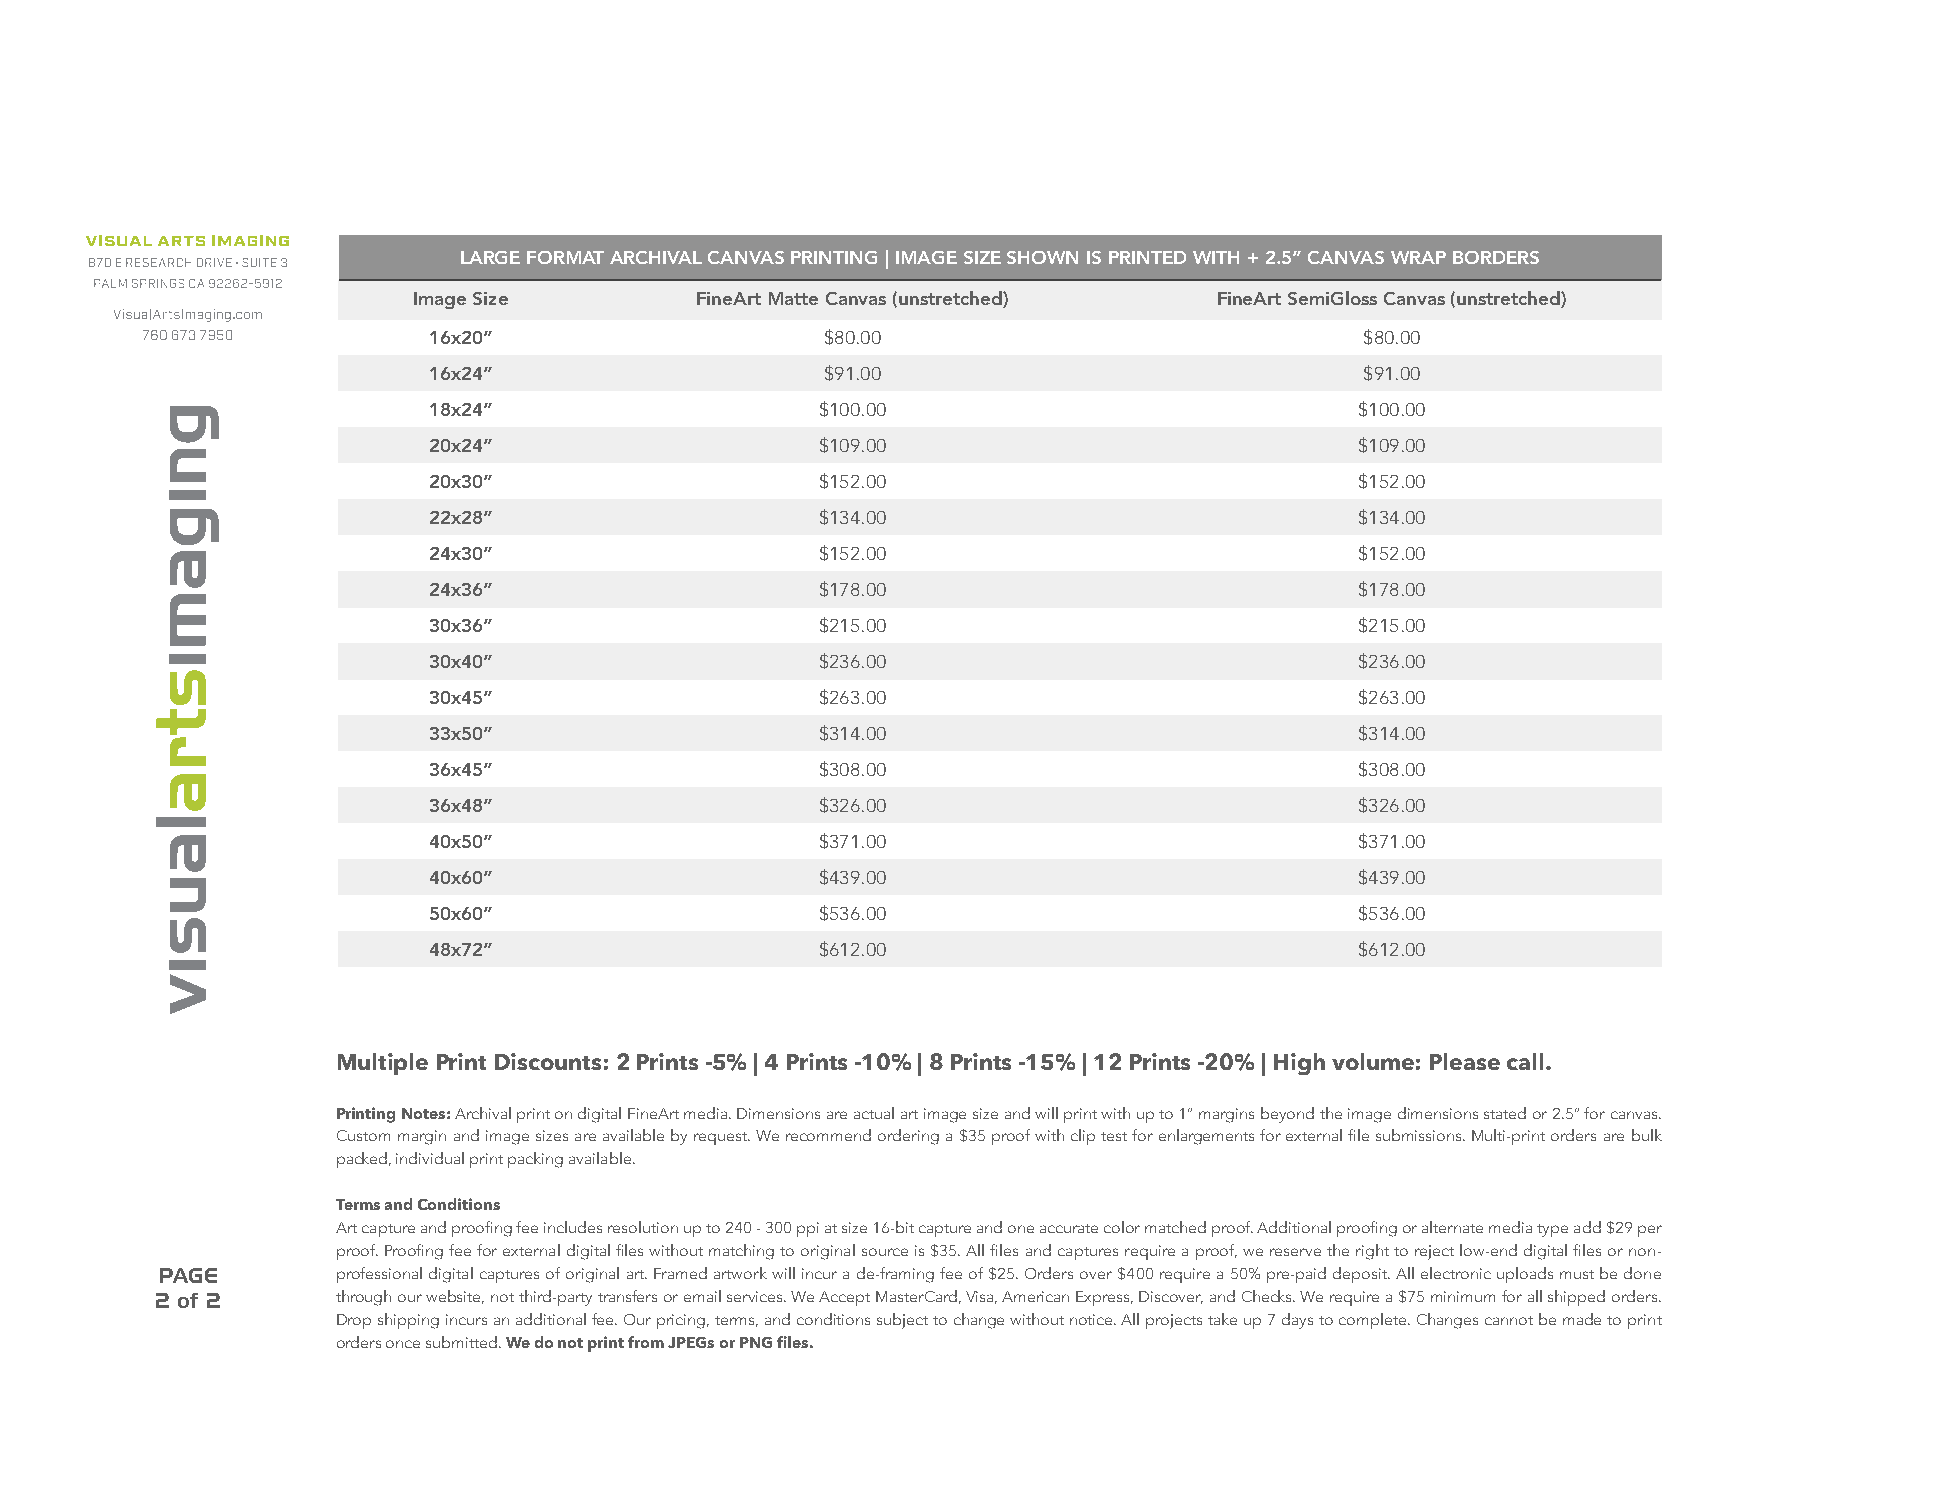
LARGE FORMAT ARCHIVAL CANVAS PRINTING | IMAGE SIZE SHOWN IS PRINTED WITH + 2.5” CANVAS WRAP BORDERS
 Image Size         FineArt Matte Canvas (unstretched) FineArt SemiGloss Canvas (unstretched)
 16x20”                     $80.00                             $80.00
 16x24”                     $91.00                             $91.00
 18x24”                    $100.00                             $100.00
 20x24”                    $109.00                             $109.00
 20x30”                    $152.00                             $152.00
 22x28”                    $134.00                             $134.00
 24x30”                    $152.00                             $152.00
 24x36”                    $178.00                             $178.00
 30x36”                    $215.00                             $215.00
 30x40”                    $236.00                             $236.00
 30x45”                    $263.00                             $263.00
 33x50”                    $314.00                             $314.00
 36x45”                    $308.00                             $308.00
 36x48”                    $326.00                             $326.00
 40x50”                    $371.00                             $371.00
 40x60”                    $439.00                             $439.00
 50x60”                    $536.00                             $536.00
 48x72”                    $612.00                             $612.00
 Multiple Print Discounts: 2 Prints -5% | 4 Prints -10% | 8 Prints -15% | 12 Prints -20% | High volume: Please call.
 Printing Notes: Archival print on digital FineArt media. Dimensions are actual art image size and will print with up to 1” margins beyond the image dimensions stated or 2.5” for canvas.
 Custom margin and image sizes are available by request. We recommend ordering a $35 proof with clip test for enlargements for external file submissions. Multi-print orders are bulk
 packed, individual print packing available.
 Terms and Conditions
 Art capture and proofing fee includes resolution up to 240 - 300 ppi at size 16-bit capture and one accurate color matched proof. Additional proofing or alternate media type add $29 per
 proof. Proofing fee for external digital files without matching to original source is $35. All files and captures require a proof, we reserve the right to reject low-end digital files or non-
 PAGE        professional digital captures of original art. Framed artwork will incur a de-framing fee of $25. Orders over $400 require a 50% pre-paid deposit. All electronic uploads must be done
 2 of 2      through our website, not third-party transfers or email services. We Accept MasterCard, Visa, American Express, Discover, and Checks. We require a $75 minimum for all shipped orders.
 Drop shipping incurs an additional fee. Our pricing, terms, and conditions subject to change without notice. All projects take up 7 days to complete. Changes cannot be made to print
 orders once submitted. We do not print from JPEGs or PNG files.